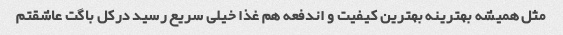
مثل همیشه بهترینه بهترین کیفیت و اندفعه هم غذا خیلی سریع رسید درکل باگت عاشقتم